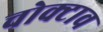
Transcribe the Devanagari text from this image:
चोक्टाव